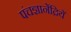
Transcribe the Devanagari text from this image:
पंचज्ञानेंद्रियें